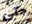
حتى